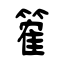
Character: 篧